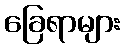
ခြေရာများ